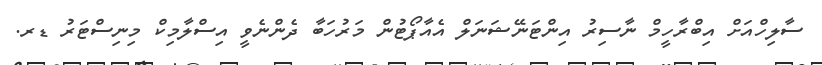
ސާލިހްއަށް އިބްރާހީމް ނާސިރު އިންޓަނޭޝަނަލް އެއާޕޯޓުން މަރުހަބާ ދެންނެވީ އިސްލާމިކް މިނިސްޓަރު ޑރ.